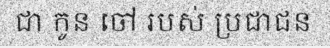
ជា កូន ចៅ របស់ ប្រជាជន